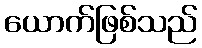
ယောက်ဖြစ်သည်